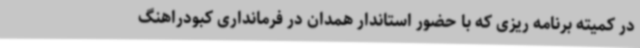
در کمیته برنامه ریزی که با حضور استاندار همدان در فرمانداری کبودراهنگ